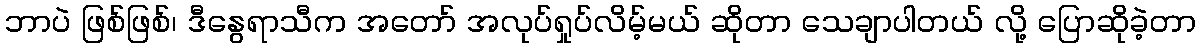
ဘာပဲ ဖြစ်ဖြစ်၊ ဒီနွေရာသီက အတော် အလုပ်ရှုပ်လိမ့်မယ် ဆိုတာ သေချာပါတယ် လို့ ပြောဆိုခဲ့တာ